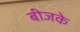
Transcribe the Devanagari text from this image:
बीजके